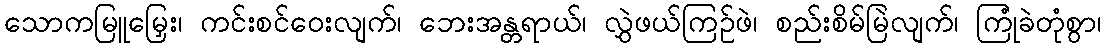
သောကမြူမြှေး၊ ကင်းစင်ဝေးလျက်၊ ဘေးအန္တရာယ်၊ လွှဲဖယ်ကြဉ်ဖဲ၊ စည်းစိမ်မြဲလျက်၊ ကြုံခဲတုံစွာ၊